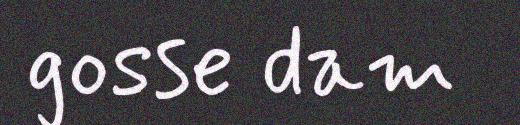
gosse dam